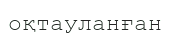
оқтауланған